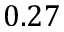
0 . 2 7